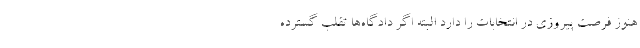
هنوز فرصت پیروزی در انتخابات را دارد البته اگر دادگاه‌ها تقلب گسترده